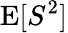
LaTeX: \operatorname{E}[S^{2}]